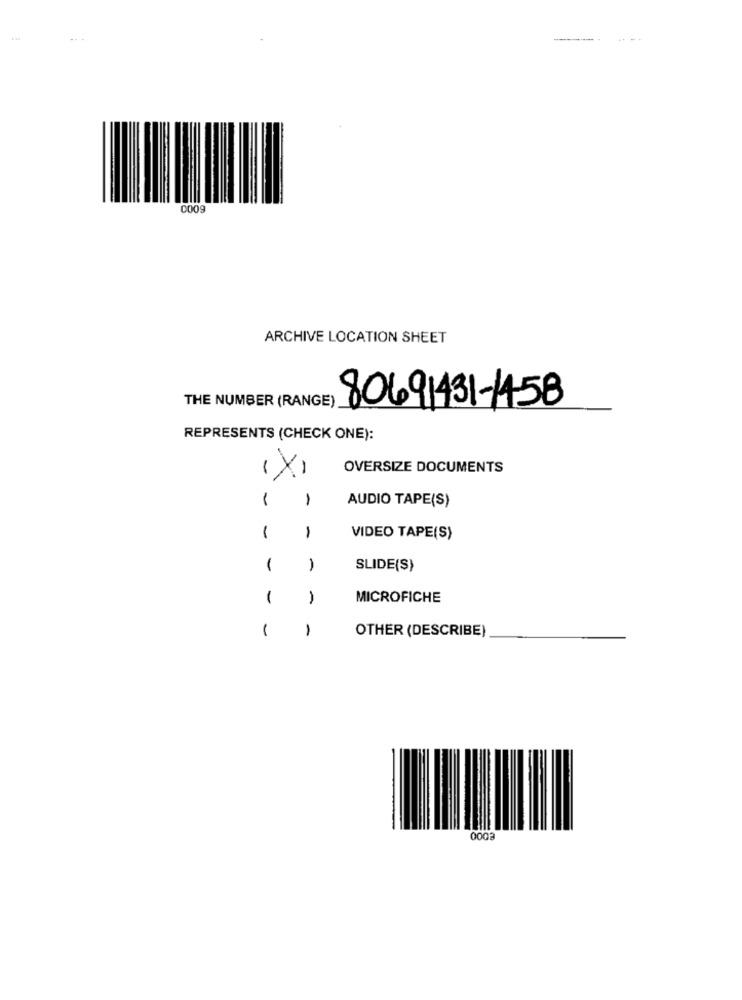
---
0009
ARCHIVE LOCATION SHEET
THE NUMBER (RANGE)
80691431-1458
REPRESENTS (CHECK ONE):
(X)
OVERSIZE DOCUMENTS
1
1
AUDIO TAPE(S)
1
1
VIDEO TAPE(S)
1
1
SLIDE(S)
1
1
MICROFICHE
1
1
OTHER (DESCRIBE)
0003